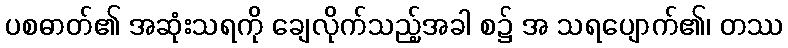
ပစဓာတ်၏ အဆုံးသရကို ချေလိုက်သည့်အခါ စ၌ အ သရပျောက်၏၊ တဿ